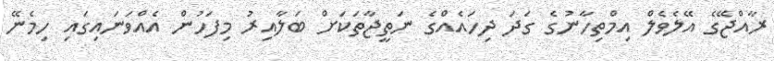
ރާއްޖޭގެ އޭލެވެލް އިމްތިހާނުގެ ގަދަ ދިހައެއްގެ ނަތީޖާތަކަށް ބަލާއިރު މިފަހުން އެއްވަނައިގައި ހިމެނޭ